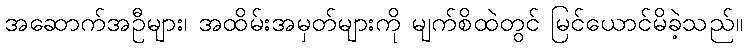
အဆောက်အဦများ၊ အထိမ်းအမှတ်များကို မျက်စိထဲတွင် မြင်ယောင်မိခဲ့သည်။